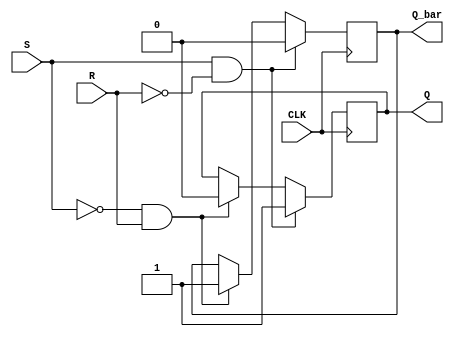
module gated_sr_flipflop(
    input S, //Set input
    input R, //Reset input
    input CLK, //Clock input
    output reg Q, //Output Q
    output reg Q_bar //Output Q_bar
);

always @(posedge CLK) begin
    if (S & !R) begin
        Q <= 1'b1; //Set Q output to high
        Q_bar <= 1'b0; //Reset Q_bar output to low
    end
    else if (!S & R) begin
        Q <= 1'b0; //Reset Q output to low
        Q_bar <= 1'b1; //Set Q_bar output to high
    end
    else begin
        Q <= Q; //Hold current state
        Q_bar <= Q_bar; //Hold current state
    end
end

endmodule